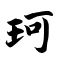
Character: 珂